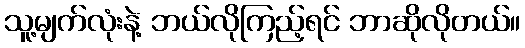
သူ့မျက်လုံးနဲ့ ဘယ်လိုကြည့်ရင် ဘာဆိုလိုတယ်။